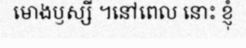
មោងឫស្សី ។នៅពេល នោះ ខ្ញុំ